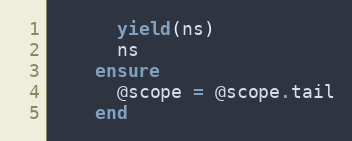
Language: Ruby
      yield(ns)
      ns
    ensure
      @scope = @scope.tail
    end